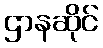
ဌာနဆိုင်